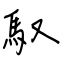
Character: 馭